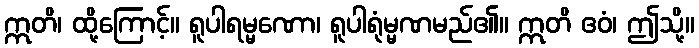
ဣတိ၊ ထို့ကြောင့်။ ရူပါရမ္မဏော၊ ရူပါရုံမ္မဏမည်၏။ ဣတိ ဧဝံ၊ ဤသို့။